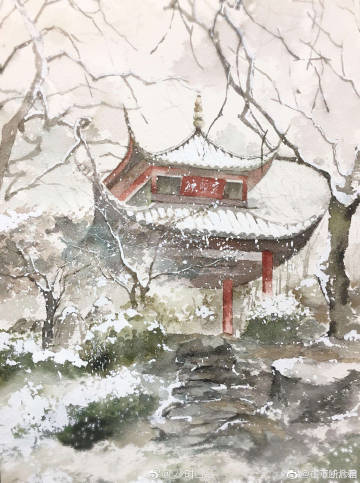
不患无位，患所以立。不患莫己知，求为可知也。